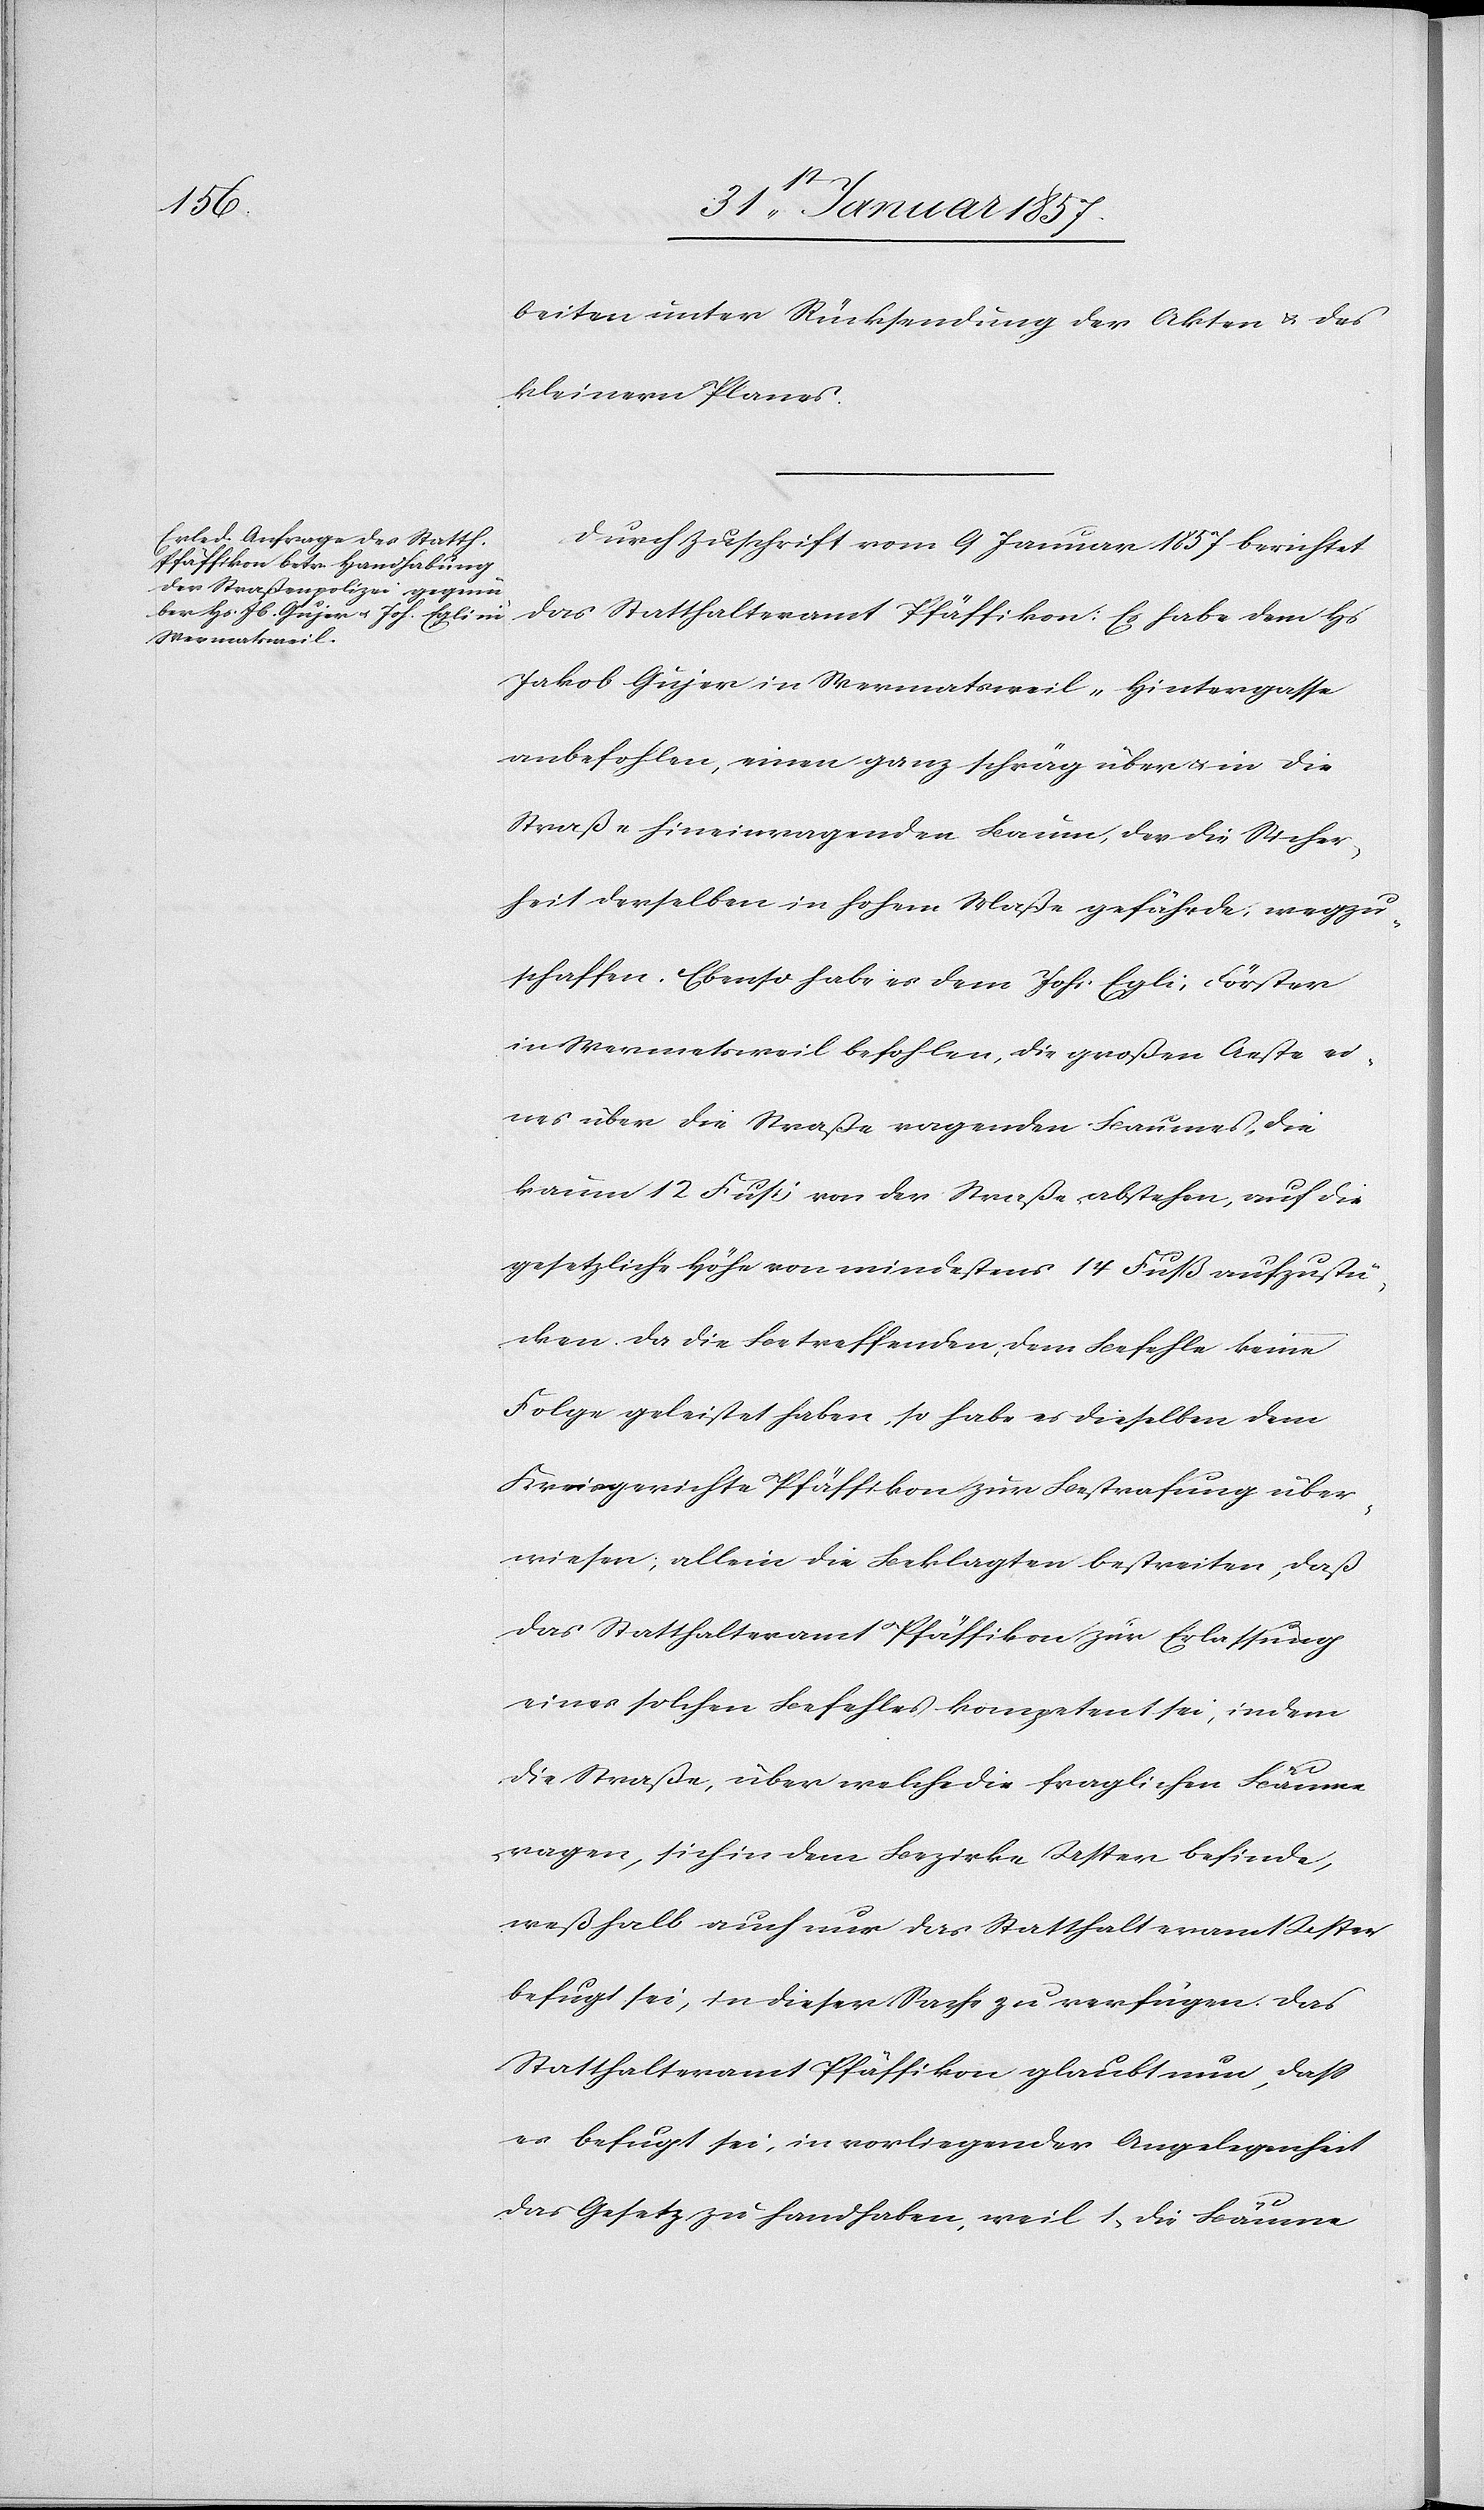
beiten. unter Rücksendung der Akten & des
kleinern Planes.
Durch Zuschrift vom 9 Januar 1857 berichtet
das Statthalteramt Pfäffikon: Es habe dem Hs
Jakob Gujer in Wermatsweil-Hintergasse
anbefohlen, einen ganz schräg über & in die
Straße hineinragenden Baum, der die Sicher¬
heit derselben in hohem Maße gefährde, wegzu¬
schaffen. Ebenso habe es dem Johs Egli, Förster
in Wermatsweil befohlen, die großen Aeste ei¬
nes über die Straße ragenden Baumes, die
kaum 12 Fuß von der Straße abstehen, auf die
gesetzliche Höhe von mindestens 14 Fuß aufzustü¬
cken, da die betreffenden, dem Befehle keine
Folge geleistet haben, so habe es dieselben dem
Kreisgerichte Pfäffikon zur Bestrafung über¬
wiesen; allein die Beklagten bestreiten, daß
das Statthalteramt Pfäffikon zur Erlassung
eines solchen Befehles kompetent sei, indem
die Straße über welche die fraglichen Bäume
ragen, sich in dem Bezirke Uster befinde,
weßhalb auch nur das Statthalteramt Uster
befugt sei, in dieser Sache zu verfügen. Das
Statthalteramt Pfäffikon glaubt nun, daß
es befugt sei, in vorliegender Angelegenheit
das Gesetz zu handhaben, weil 1, die Bäume